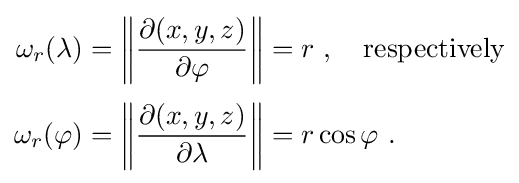
{\begin{aligned}\omega _{r}(\lambda )&=\left\|{\partial (x,y,z) \over \partial \varphi }\right\|=r\ ,\quad {\text{respectively}}\\[3pt]\omega _{r}(\varphi )&=\left\|{\partial (x,y,z) \over \partial \lambda }\right\|=r\cos \varphi \ .\end{aligned}}